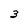
Character: 3